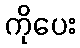
ကိုပေး